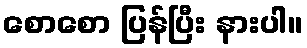
စောစော ပြန်ပြီး နားပါ။